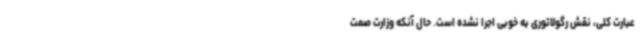
عبارت کلی، نقش رگولاتوری به خوبی اجرا نشده است. حال آنکه وزارت صمت